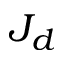
J _ { d }